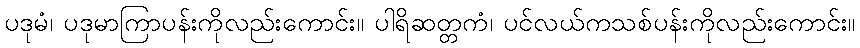
ပဒုမံ၊ ပဒုမာကြာပန်းကိုလည်းကောင်း။ ပါရိဆတ္တကံ၊ ပင်လယ်ကသစ်ပန်းကိုလည်းကောင်း။